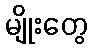
မျိုးတွေ